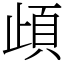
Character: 頉